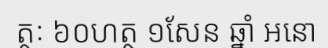
ត្ថៈ ៦០ហត្ថ ១សែន ឆ្នាំ អនោ